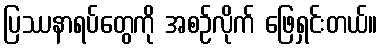
ပြဿနာရပ်တွေကို အစဉ်လိုက် ဖြေရှင်းတယ်။